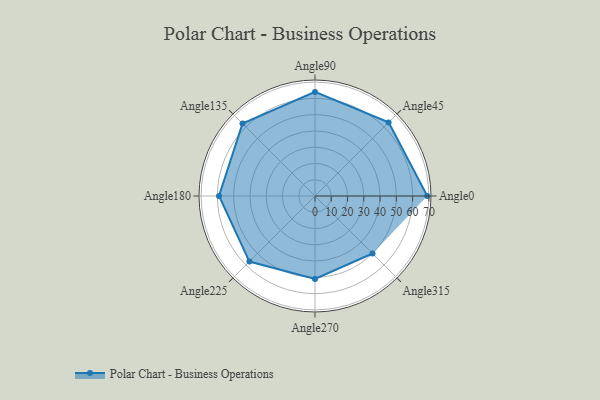
{"axis": {"x": "Angle", "y": "Radius"}, "legend": [""], "data": [{"x": "Angle0", "y": 69.0, "type": ""}, {"x": "Angle45", "y": 64.0, "type": ""}, {"x": "Angle90", "y": 64.0, "type": ""}, {"x": "Angle135", "y": 63.0, "type": ""}, {"x": "Angle180", "y": 59.0, "type": ""}, {"x": "Angle225", "y": 57.0, "type": ""}, {"x": "Angle270", "y": 51.0, "type": ""}, {"x": "Angle315", "y": 50, "type": ""}]}